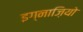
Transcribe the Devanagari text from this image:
इग्नाज़ियो